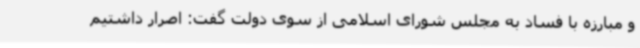
و مبارزه با فساد به مجلس شورای اسلامی از سوی دولت گفت: اصرار داشتیم